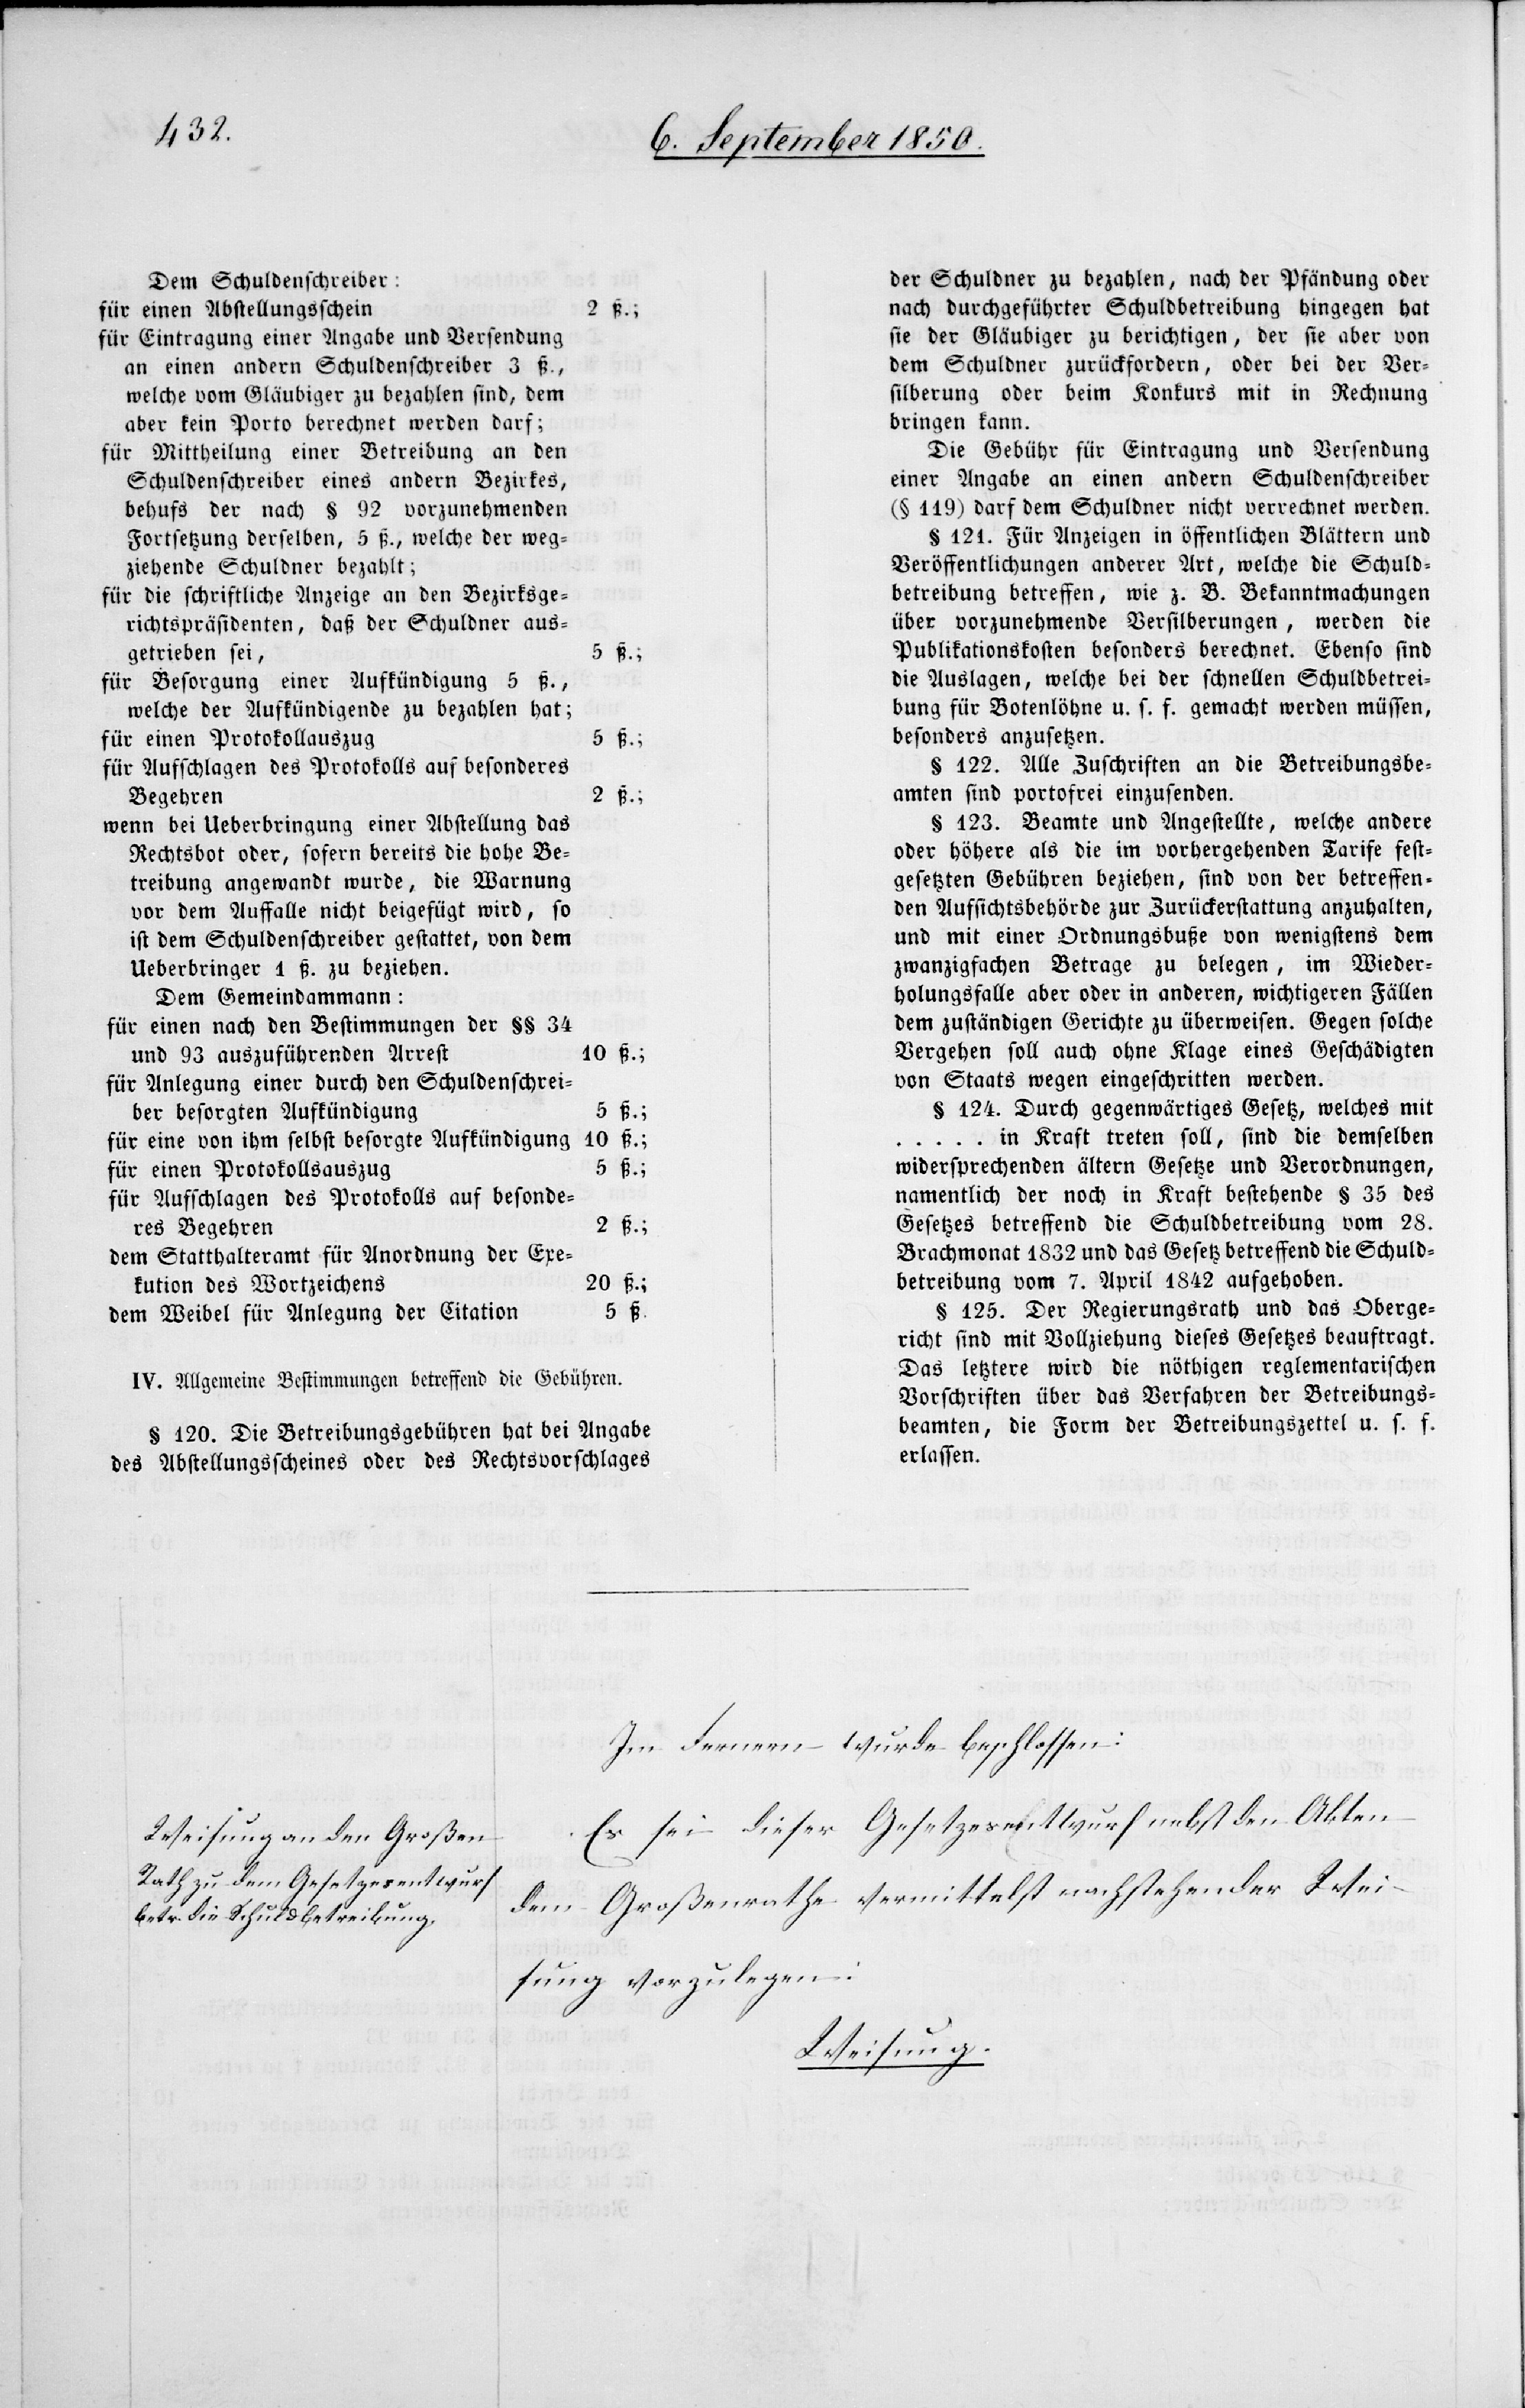
Im Fernern wurde beschlossen:
Es sei dieser Gesetzesentwurf nebst den Akten
dem Großenrathe vermittelst nachstehender Wei¬
sung vorzulegen:
Weisung.